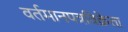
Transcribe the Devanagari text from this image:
वर्तमानपत्रविक्रेता